Veterinary regulations India, 1925 -
Year: 1925
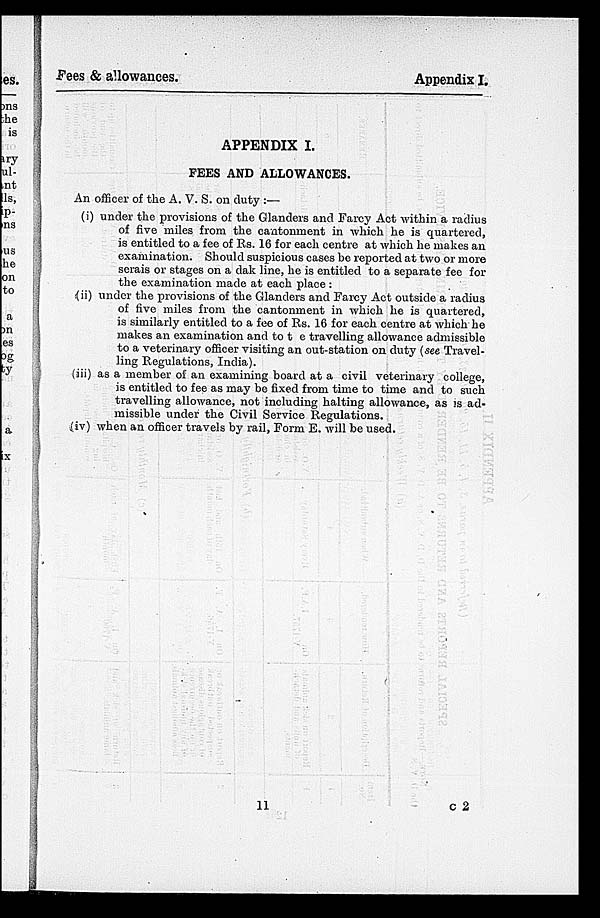
Fees & allowances.
Appendix I.
APPENDIX I.
FEES AND ALLOWANCES.
An officer of the A. V. S. on duty :—
(i) under the provisions of the Glanders and Farcy Act within a radius
of five miles from the cantonment in which he is quartered,
is entitled to a fee of Rs. 16 for each centre at which he makes an
examination. Should suspicious cases be reported at two or more
serais or stages on a dak line, he is entitled to a separate fee for
the examination made at each place :
(ii) under the provisions of the Glanders and Farcy Act outside a radius
of five miles from the cantonment in which he is quartered,
is similarly entitled to a fee of Rs. 16 for each centre at which he
makes an examination and to the travelling allowance admissible
to a veterinary officer visiting an out-station on duty (see Travel-
ling Regulations, India).
(iii) as a member of an examining board at a civil veterinary college,
is entitled to fee as may be fixed from time to time and to such
travelling allowance, not including halting allowance, as is ad-
missible under the Civil Service Regulations.
(iv) when an officer travels by rail, Form E. will be used.
11
c 2